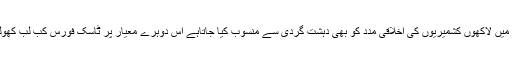
مگر قید میں لاکھوں کشمیریوں کی اخلاقی مدد کو بھی دہشت گردی سے منسوب کیا جاتاہے اس دوہرے معیار پر ٹاسک فورس کب لب کھولے گی؟